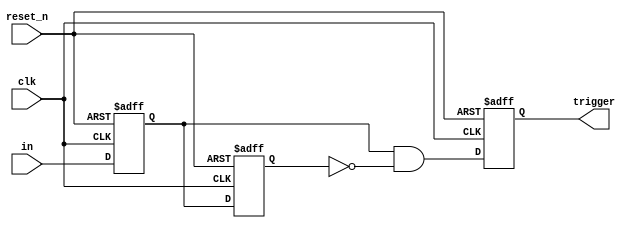
`ifndef __INCLUDED_TRIGP01A__
`define __INCLUDED_TRIGP01A__
`timescale 1ns/1ns

`define D 1

module trigp01a (clk, reset_n, in, trigger);
input  clk;
input  reset_n;
input  in;
output trigger;

reg    r_trigger;
reg    r_stage1;
reg    r_stage2;
wire   w_trigger_pos;

assign trigger = r_trigger;
assign w_trigger_pos = r_stage1 & ~r_stage2;

always @ (posedge clk or negedge reset_n)
	if(~reset_n) begin
		r_trigger <= #`D 1'b0;
		r_stage1  <= #`D 1'b0;
		r_stage2  <= #`D 1'b0;
	end else begin
		r_trigger <= #`D w_trigger_pos;
		r_stage1  <= #`D in;
		r_stage2  <= #`D r_stage1;
	end
endmodule

`endif